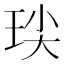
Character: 𭹈